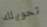
تحويلك